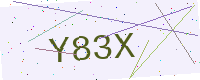
Text: Y83X